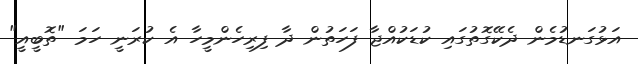
އަޅުގަނޑުމެން ދެކޭގޮތުގައި ކުޑަކުއްޖާ ފަހަތުން ދާ ފިރިހެންމީހާ އެ ކުރަނީ ހަމަ "ތޮބީއީ"